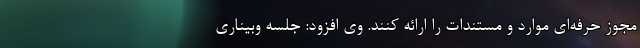
مجوز حرفه‌ای موارد و مستندات را ارائه کنند. وی افزود: جلسه وبیناری